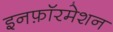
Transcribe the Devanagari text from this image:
इनफ़ॉरमेशन